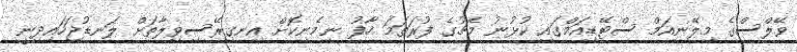
ވޭލްސްގެ މިލޭނިއަމް ސްޓޭޑިއަމްގައި ކުޅުނު މެޗުގެ ފުރަތަމަ ހާފު ނިމެނިކޮށް އިނގިރޭސިވިލާތަށް ލަނޑުޖަހައިދިނީ